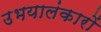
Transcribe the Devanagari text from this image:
उभयालंकारों